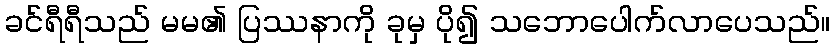
ခင်ရီရီသည် မမ၏ ပြဿနာကို ခုမှ ပို၍ သဘောပေါက်လာပေသည်။